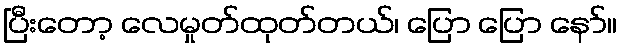
ပြီးတော့ လေမှုတ်ထုတ်တယ်၊ ပြော ပြော နော်။